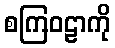
စကြဝဠာကို